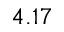
4 . 1 7